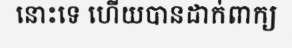
នោះទេ ហើយបានដាក់ពាក្យ